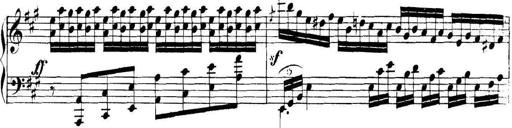
Title: Collected Piano Sonatas
Composer: Muzio Clementi